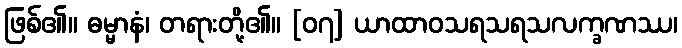
ဖြစ်၏။ ဓမ္မာနံ၊ တရားတို့၏။ [၀၇] ယာထာဝသရသရသလက္ခဏဿ၊